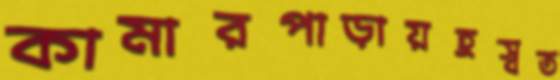
কামারপাড়ায়হ্রস্বত